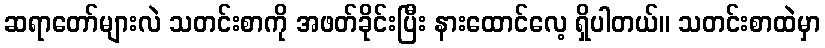
ဆရာတော်များလဲ သတင်းစာကို အဖတ်ခိုင်းပြီး နားထောင်လေ့ ရှိပါတယ်။ သတင်းစာထဲမှာ